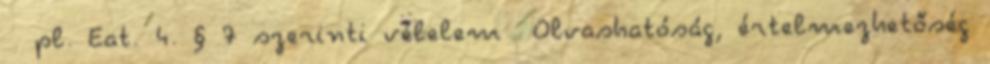
pl. Eat. 4. § 7 szerinti vélelem Olvashatóság, értelmezhetőség